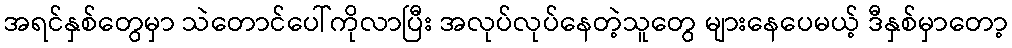
အရင်နှစ်တွေမှာ သဲတောင်ပေါ်ကိုလာပြီး အလုပ်လုပ်နေတဲ့သူတွေ များနေပေမယ့် ဒီနှစ်မှာတော့